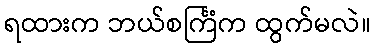
ရထားက ဘယ်စင်္ကြံက ထွက်မလဲ။